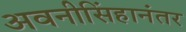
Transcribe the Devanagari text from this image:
अवनीसिंहानंतर